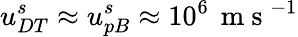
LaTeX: u_{DT}^{s}\approx u_{pB}^{s}\approx 10^{6}\, \mathrm{~m~s~}^{-1}